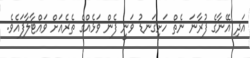
އަދި އޭނާގެ ފުރާނަ ނެތް ހަށިގަނޑު ވަނީ ފެން ވަޅެއްގެ ތެރެއަށް ވައްޓާލާފައެވެ.